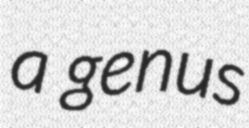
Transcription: a genus